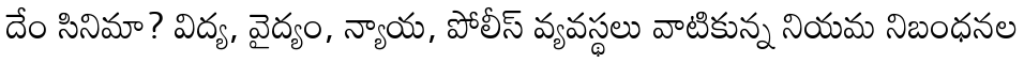
దేం సినిమా? విద్య, వైద్యం, న్యాయ, పోలీస్ వ్యవస్థలు వాటికున్న నియమ నిబంధనల